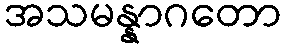
အသမန္နာဂတော